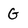
Character: G